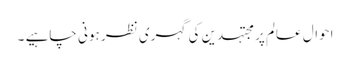
احوال عالم پر مجتہدین کی گہری نظر ہونی چاہیے ۔